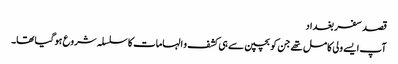
قصد سفر بغداد
آپ ایسے ولی کامل تھے جن کو بچپن سے ہی کشف و الہامات کا سلسلہ شروع ہوگیا تھا۔